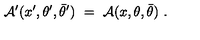
{ \cal A } ^ { \prime } ( x ^ { \prime } , \theta ^ { \prime } , \bar { \theta } ^ { \prime } ) \ = \ { \cal A } ( x , \theta , \bar { \theta } ) \ .